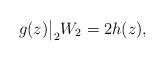
LaTeX: \begin{align*}g(z)\big|_2W_2= 2 h(z),\end{align*}